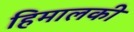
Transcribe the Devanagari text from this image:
हिमालकी